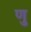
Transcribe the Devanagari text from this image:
णु